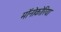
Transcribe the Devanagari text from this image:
मॉनोकोरिया